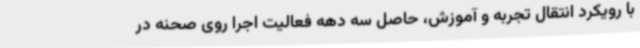
با رویکرد انتقال تجربه و آموزش، حاصل سه دهه فعالیت اجرا روی صحنه در